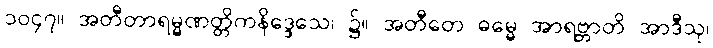
၁၀၄၇။ အတီတာရမ္မဏတ္တိကနိဒ္ဒေသေ၊ ၌။ အတီတေ ဓမ္မေ အာရဗ္ဘာတိ အာဒီသု၊